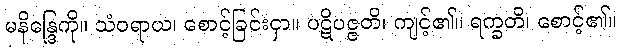
မနိန္ဒြေကို။ သံဝရာယ၊ စောင့်ခြင်းငှာ။ ပဋိပဇ္ဇတိ၊ ကျင့်၏။ ရက္ခတိ၊ စောင့်၏။